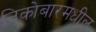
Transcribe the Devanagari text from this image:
निकोबारमधील